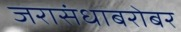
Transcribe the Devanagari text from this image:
जरासंधाबरोबर